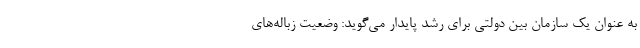
به عنوان یک سازمان بین دولتی برای رشد پایدار می‌گوید: وضعیت زباله‌های